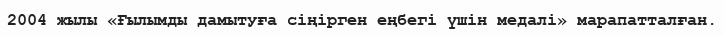
2004 жылы «Ғылымды дамытуға сіңірген еңбегі үшін медалі» марапатталған.